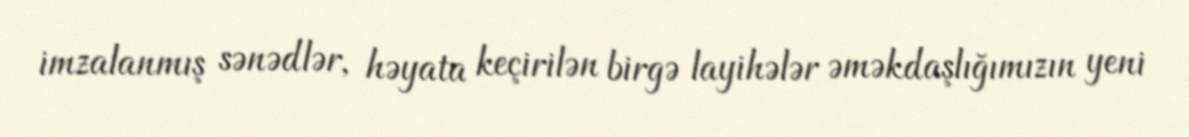
imzalanmış sənədlər, həyata keçirilən birgə layihələr əməkdaşlığımızın yeni